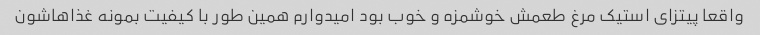
واقعا پیتزای استیک مرغ طعمش خوشمزه و خوب بود امیدوارم همین طور با کیفیت بمونه غذاهاشون